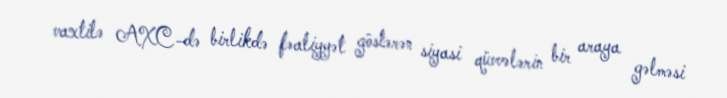
vaxtilə AXC-də birlikdə fəaliyyət göstərən siyasi qüvvələrin bir araya gəlməsi